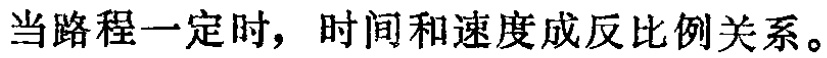
当路程一定时，时间和速度成反比例关系。